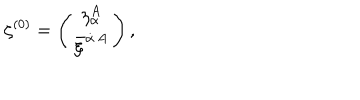
LaTeX: { \zeta ^ { ( 0 ) } = \left( \begin{matrix} { { \eta _ { \alpha } ^ { A } } } \\ { { \bar { \xi } ^ { \dot { \alpha } \, A } } } \\ \end{matrix} \right) , }